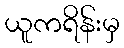
ယူကရိန်းမှ